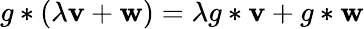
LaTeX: g*(\lambda\mathbf{v}+\mathbf{w})=\lambda g*\mathbf{v}+g*\mathbf{w}